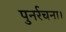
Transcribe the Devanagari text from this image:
पुनर्रचना।